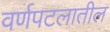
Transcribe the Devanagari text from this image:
वर्णपटलातील